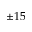
\pm 1 5